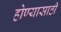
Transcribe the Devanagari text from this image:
होण्‍यासाठी